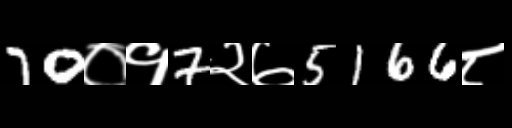
Text: 70०१7२७5166८